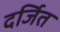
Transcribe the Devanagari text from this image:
दर्जित